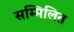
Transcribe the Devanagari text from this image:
सम्‍मिलित